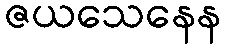
ဇယသေနေန